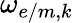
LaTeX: \omega_{e/m,k}